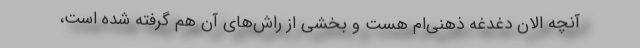
آنچه الان دغدغه ذهنی‌ام هست و بخشی از راش‌های آن هم گرفته شده است،